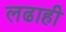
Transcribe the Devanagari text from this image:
लढाही